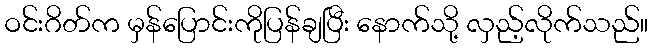
ဝင်းဂိတ်က မှန်ပြောင်းကိုပြန်ချပြီး နောက်သို့ လှည့်လိုက်သည်။